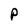
Character: P